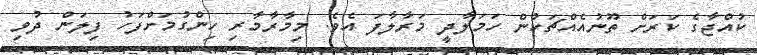
ކުއްޖާގެ ކަރަށް ތޫނުއެއްޗަކުން ހަމަލާދީ މަރާލާފަ އެވެ. މިމާރާމާރި ހިންގުމަށްފަހު ފިލަން ދުވި